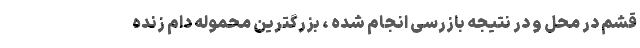
قشم در محل و در نتیجه بازرسی انجام شده ، بزرگترین محموله دام زنده